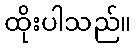
ထိုးပါသည်။